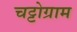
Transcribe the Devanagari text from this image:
चट्टोग्राम